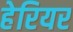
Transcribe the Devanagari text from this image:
हेरियर